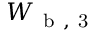
W _ { \mathrm { ~ b ~ , ~ 3 ~ } }